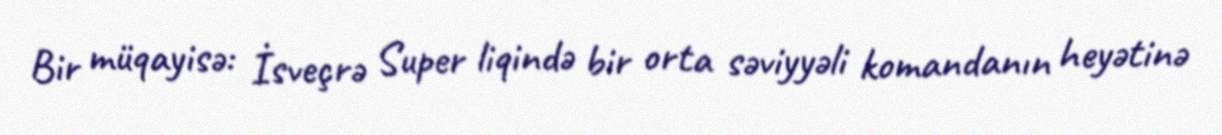
Bir müqayisə: İsveçrə Super liqində bir orta səviyyəli komandanın heyətinə